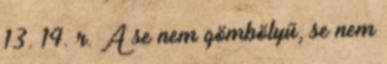
13. 14. r. A se nem gömbölyű, se nem